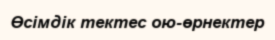
Өсімдік тектес ою-өрнектер